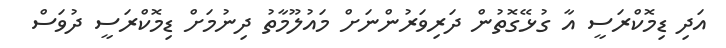
އަދި ޑިމޮކްރަސީ އާ ގުޅޭގޮތުން ދަރިވަރުންނަށް މައުލޫމާތު ދިނުމަށް ޑިމޮކްރަސީ ދުވަސް